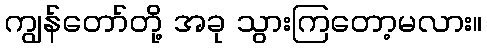
ကျွန်တော်တို့ အခု သွားကြတော့မလား။